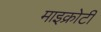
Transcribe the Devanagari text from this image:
माइक्रोटी